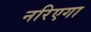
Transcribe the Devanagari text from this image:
नरिएगा